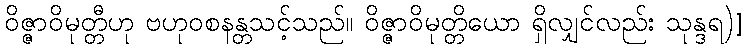
ဝိဇ္ဇာဝိမုတ္တီဟု ဗဟုဝစနန္တသင့်သည်။ ဝိဇ္ဇာဝိမုတ္တိယော ရှိလျှင်လည်း သုန္ဒရ)]